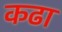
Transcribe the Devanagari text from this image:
कढा